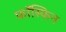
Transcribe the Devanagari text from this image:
फॉस्फिन